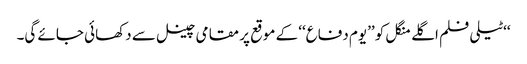
‘‘ٹیلی فلم اگلے منگل کو ’’یوم دفاع‘‘ کے موقع پر مقامی چینل سے دکھائی جائے گی۔